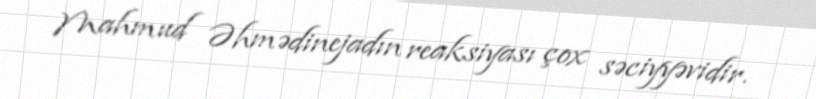
Mahmud Əhmədinejadın reaksiyası çox səciyyəvidir.